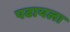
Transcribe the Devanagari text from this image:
पढायला